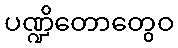
ပဏ္ဍိတောတွေဝ